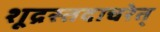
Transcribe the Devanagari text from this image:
शूद्रस्तदाचरेत्